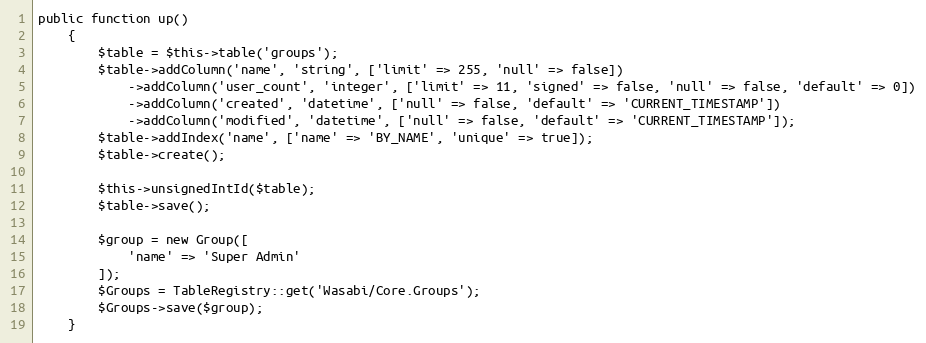
Language: PHP
public function up()
    {
        $table = $this->table('groups');
        $table->addColumn('name', 'string', ['limit' => 255, 'null' => false])
            ->addColumn('user_count', 'integer', ['limit' => 11, 'signed' => false, 'null' => false, 'default' => 0])
            ->addColumn('created', 'datetime', ['null' => false, 'default' => 'CURRENT_TIMESTAMP'])
            ->addColumn('modified', 'datetime', ['null' => false, 'default' => 'CURRENT_TIMESTAMP']);
        $table->addIndex('name', ['name' => 'BY_NAME', 'unique' => true]);
        $table->create();

        $this->unsignedIntId($table);
        $table->save();

        $group = new Group([
            'name' => 'Super Admin'
        ]);
        $Groups = TableRegistry::get('Wasabi/Core.Groups');
        $Groups->save($group);
    }